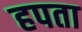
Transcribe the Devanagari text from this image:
हपता